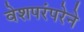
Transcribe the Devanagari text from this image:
वेशपरंपरेने